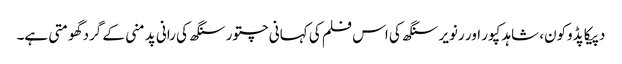
دپیکا پڈوکون، شاہد کپور اور رنویر سنگھ کی اس فلم کی کہانی چتور سنگھ کی رانی پدمنی کے گرد گھومتی ہے۔